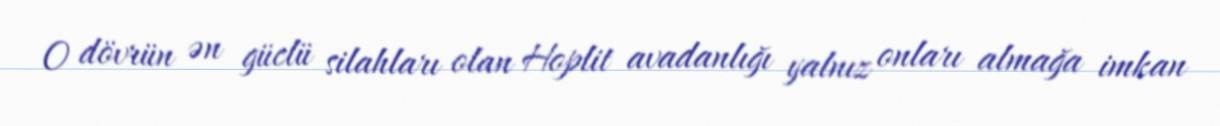
O dövrün ən güclü silahları olan Hoplit avadanlığı yalnız onları almağa imkan